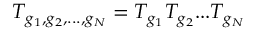
T _ { g _ { 1 } , g _ { 2 } , . . . , g _ { N } } = T _ { g _ { 1 } } T _ { g _ { 2 } } . . . T _ { g _ { N } }